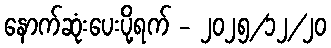
နောက်ဆုံးပေးပို့ရက် - ၂၀၂၅/၁၂/၂၀